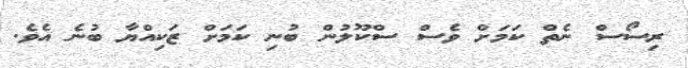
ރިސޯސް ނެތް ކަމަށް ވެސް ސްކޫލުން ބުނި ކަމަށް ޒަކިއްޔާ ބުނެ އެވެ.